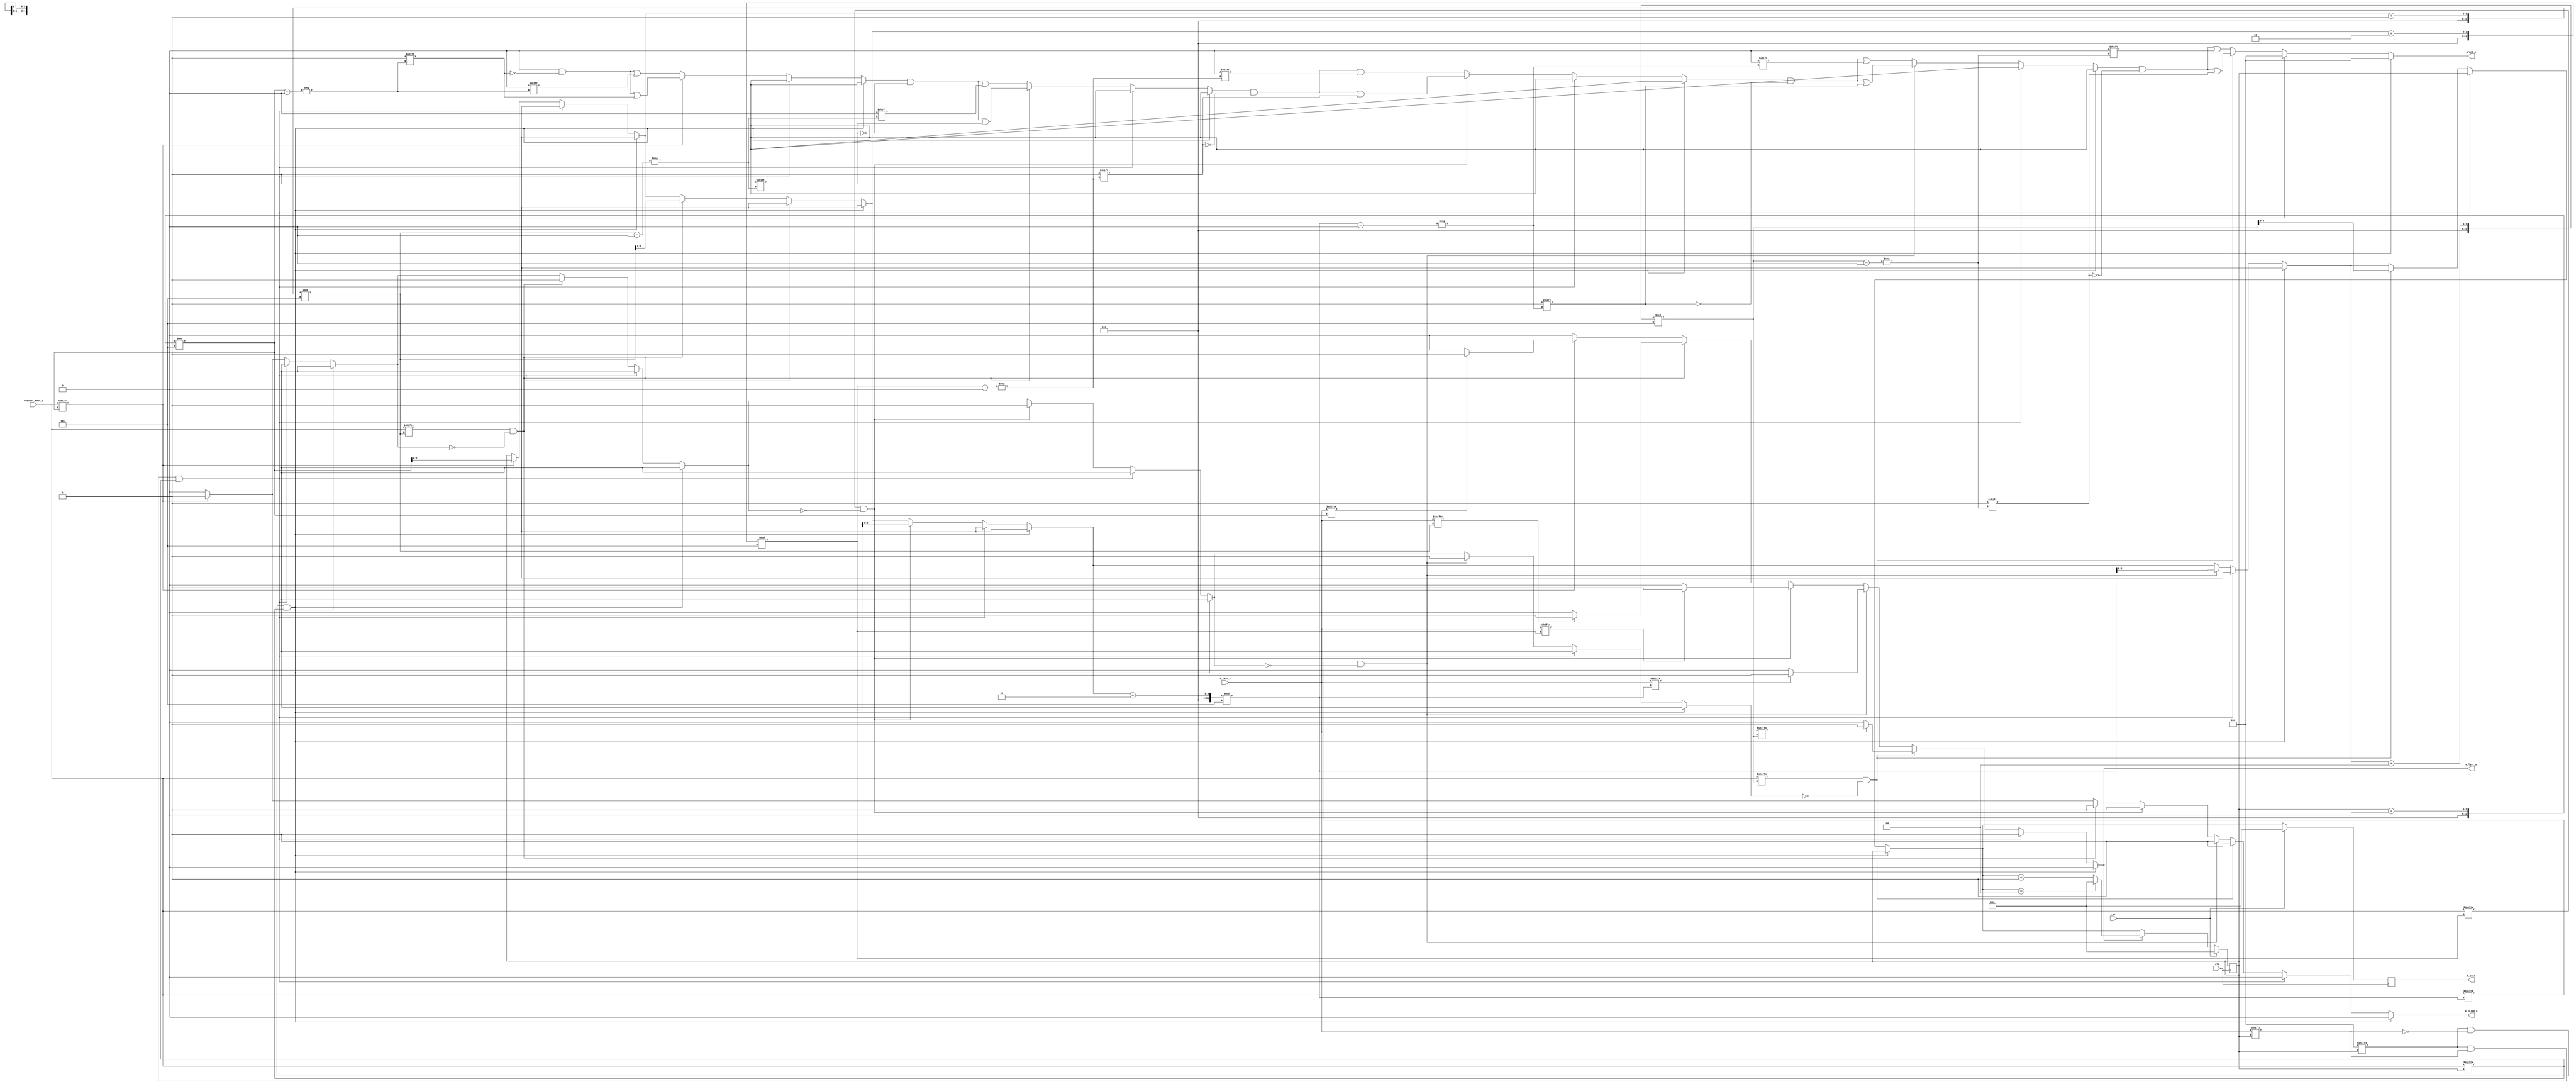
`timescale 1ns / 1ps

module round_robin
	#(  parameter   T_DATA_WIDTH = 8,
        parameter   S_DATA_COUNT = 5,
        parameter   M_DATA_COUNT = 3,
        parameter   T_ID___WIDTH = $clog2(S_DATA_COUNT),
        parameter   T_DEST_WIDTH = $clog2(M_DATA_COUNT)
	)
	(	input clk,
		input rst,
		input [S_DATA_COUNT - 1 : 0] request_mask_i,
		input [S_DATA_COUNT - 1 : 0] s_last_i,

		output reg [S_DATA_COUNT - 1 : 0] grant_o, 
		output reg m_last_o,
		output [T_ID___WIDTH - 1 : 0] m_id_o,
		output reg m_valid_o
    );

	reg [T_ID___WIDTH - 1:0] state;
	reg [T_ID___WIDTH - 1:0] last_state;

	reg [T_ID___WIDTH - 1:0] temp_state;
	reg first_one;

	always @ (s_last_i or request_mask_i or rst) begin: next_grant
		integer i;
		temp_state = state;
		first_one = 1'b0;
		m_valid_o = 1'b0;
		m_last_o = 1'b0;
		grant_o = 0;
		if(grant_o[state] && s_last_i[state] == 0 && request_mask_i[state] && state == temp_state) begin
			m_last_o = 0;
		end else if (grant_o[state] && s_last_i[state] && request_mask_i[state] && state == temp_state) begin
			m_last_o = 1;
		end else begin
			for (i = 0; i < S_DATA_COUNT; i = i + 1) begin
				if (request_mask_i[(temp_state + i) % S_DATA_COUNT] && !first_one) begin
					grant_o[(temp_state + i) % S_DATA_COUNT] = 1'b1;
					first_one = 1'b1;
					m_valid_o = 1'b1;
					if (s_last_i[(temp_state + i) % S_DATA_COUNT]) m_last_o = 1'b1;
					else m_last_o = 1'b0;
					temp_state = (temp_state + i) % S_DATA_COUNT;
				end else begin
					grant_o[(temp_state + i) % S_DATA_COUNT] = 1'b0;
				end
			end
		end
	end

	always @ (posedge clk) begin
		if(rst) begin
			state <= 0;
			last_state <= 0;
		end else begin
			if(m_last_o) begin
				if(temp_state == S_DATA_COUNT - 1) begin
					state <= 0;
				end else state <= temp_state + 1;
			end else state <= temp_state;
			last_state <= temp_state;
		end
	end

	assign m_id_o = last_state;

endmodule